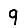
Digit: 9